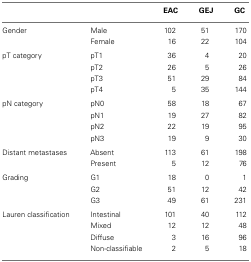
|  |  | EAC | GEJ | GC |
 | --- | --- | --- | --- | --- |
 | Gender | Male | 102 | 51 | 170 |
 |  | Female | 16 | 22 | 104 |
 | pT category | pT1 | 36 | 4 | 20 |
 |  | pT2 | 26 | 5 | 26 |
 |  | pT3 | 51 | 29 | 84 |
 |  | pT4 | 5 | 35 | 144 |
 | pN category | pN0 | 58 | 18 | 67 |
 |  | pN1 | 19 | 27 | 82 |
 |  | pN2 | 22 | 19 | 95 |
 |  | pN3 | 19 | 9 | 30 |
 | Distant metastases | Absent | 113 | 61 | 198 |
 |  | Present | 5 | 12 | 76 |
 | Grading | G1 | 18 | 0 | 1 |
 |  | G2 | 51 | 12 | 42 |
 |  | G3 | 49 | 61 | 231 |
 | Lauren classification | Intestinal | 101 | 40 | 112 |
 |  | Mixed | 12 | 12 | 48 |
 |  | Diffuse | 3 | 16 | 96 |
 |  | Non-classifiable | 2 | 5 | 18 |